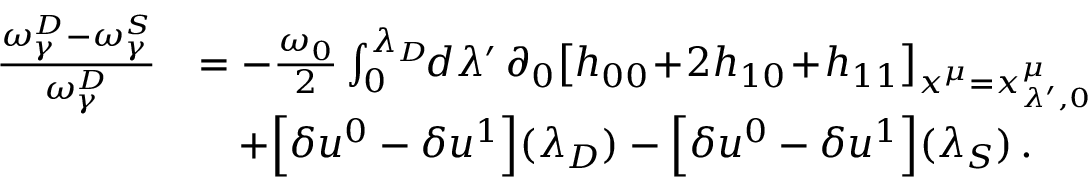
\begin{array} { r l } { \frac { \omega _ { \gamma } ^ { D } - \omega _ { \gamma } ^ { S } } { \omega _ { \gamma } ^ { D } } } & { = - \frac { \omega _ { 0 } } { 2 } \int _ { 0 } ^ { \lambda _ { D } } \! \! d \lambda ^ { \prime } \, \partial _ { 0 } \big [ h _ { 0 0 } \! + \! 2 h _ { 1 0 } \! + \! h _ { 1 1 } \big ] _ { x ^ { \mu } = x _ { \lambda ^ { \prime } , 0 } ^ { \mu } } } \\ & { \quad + \Big [ \delta u ^ { 0 } - \delta u ^ { 1 } \Big ] ( \lambda _ { D } ) - \Big [ \delta u ^ { 0 } - \delta u ^ { 1 } \Big ] ( \lambda _ { S } ) \, . } \end{array}